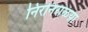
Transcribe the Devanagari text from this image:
निरनिराळय़ा